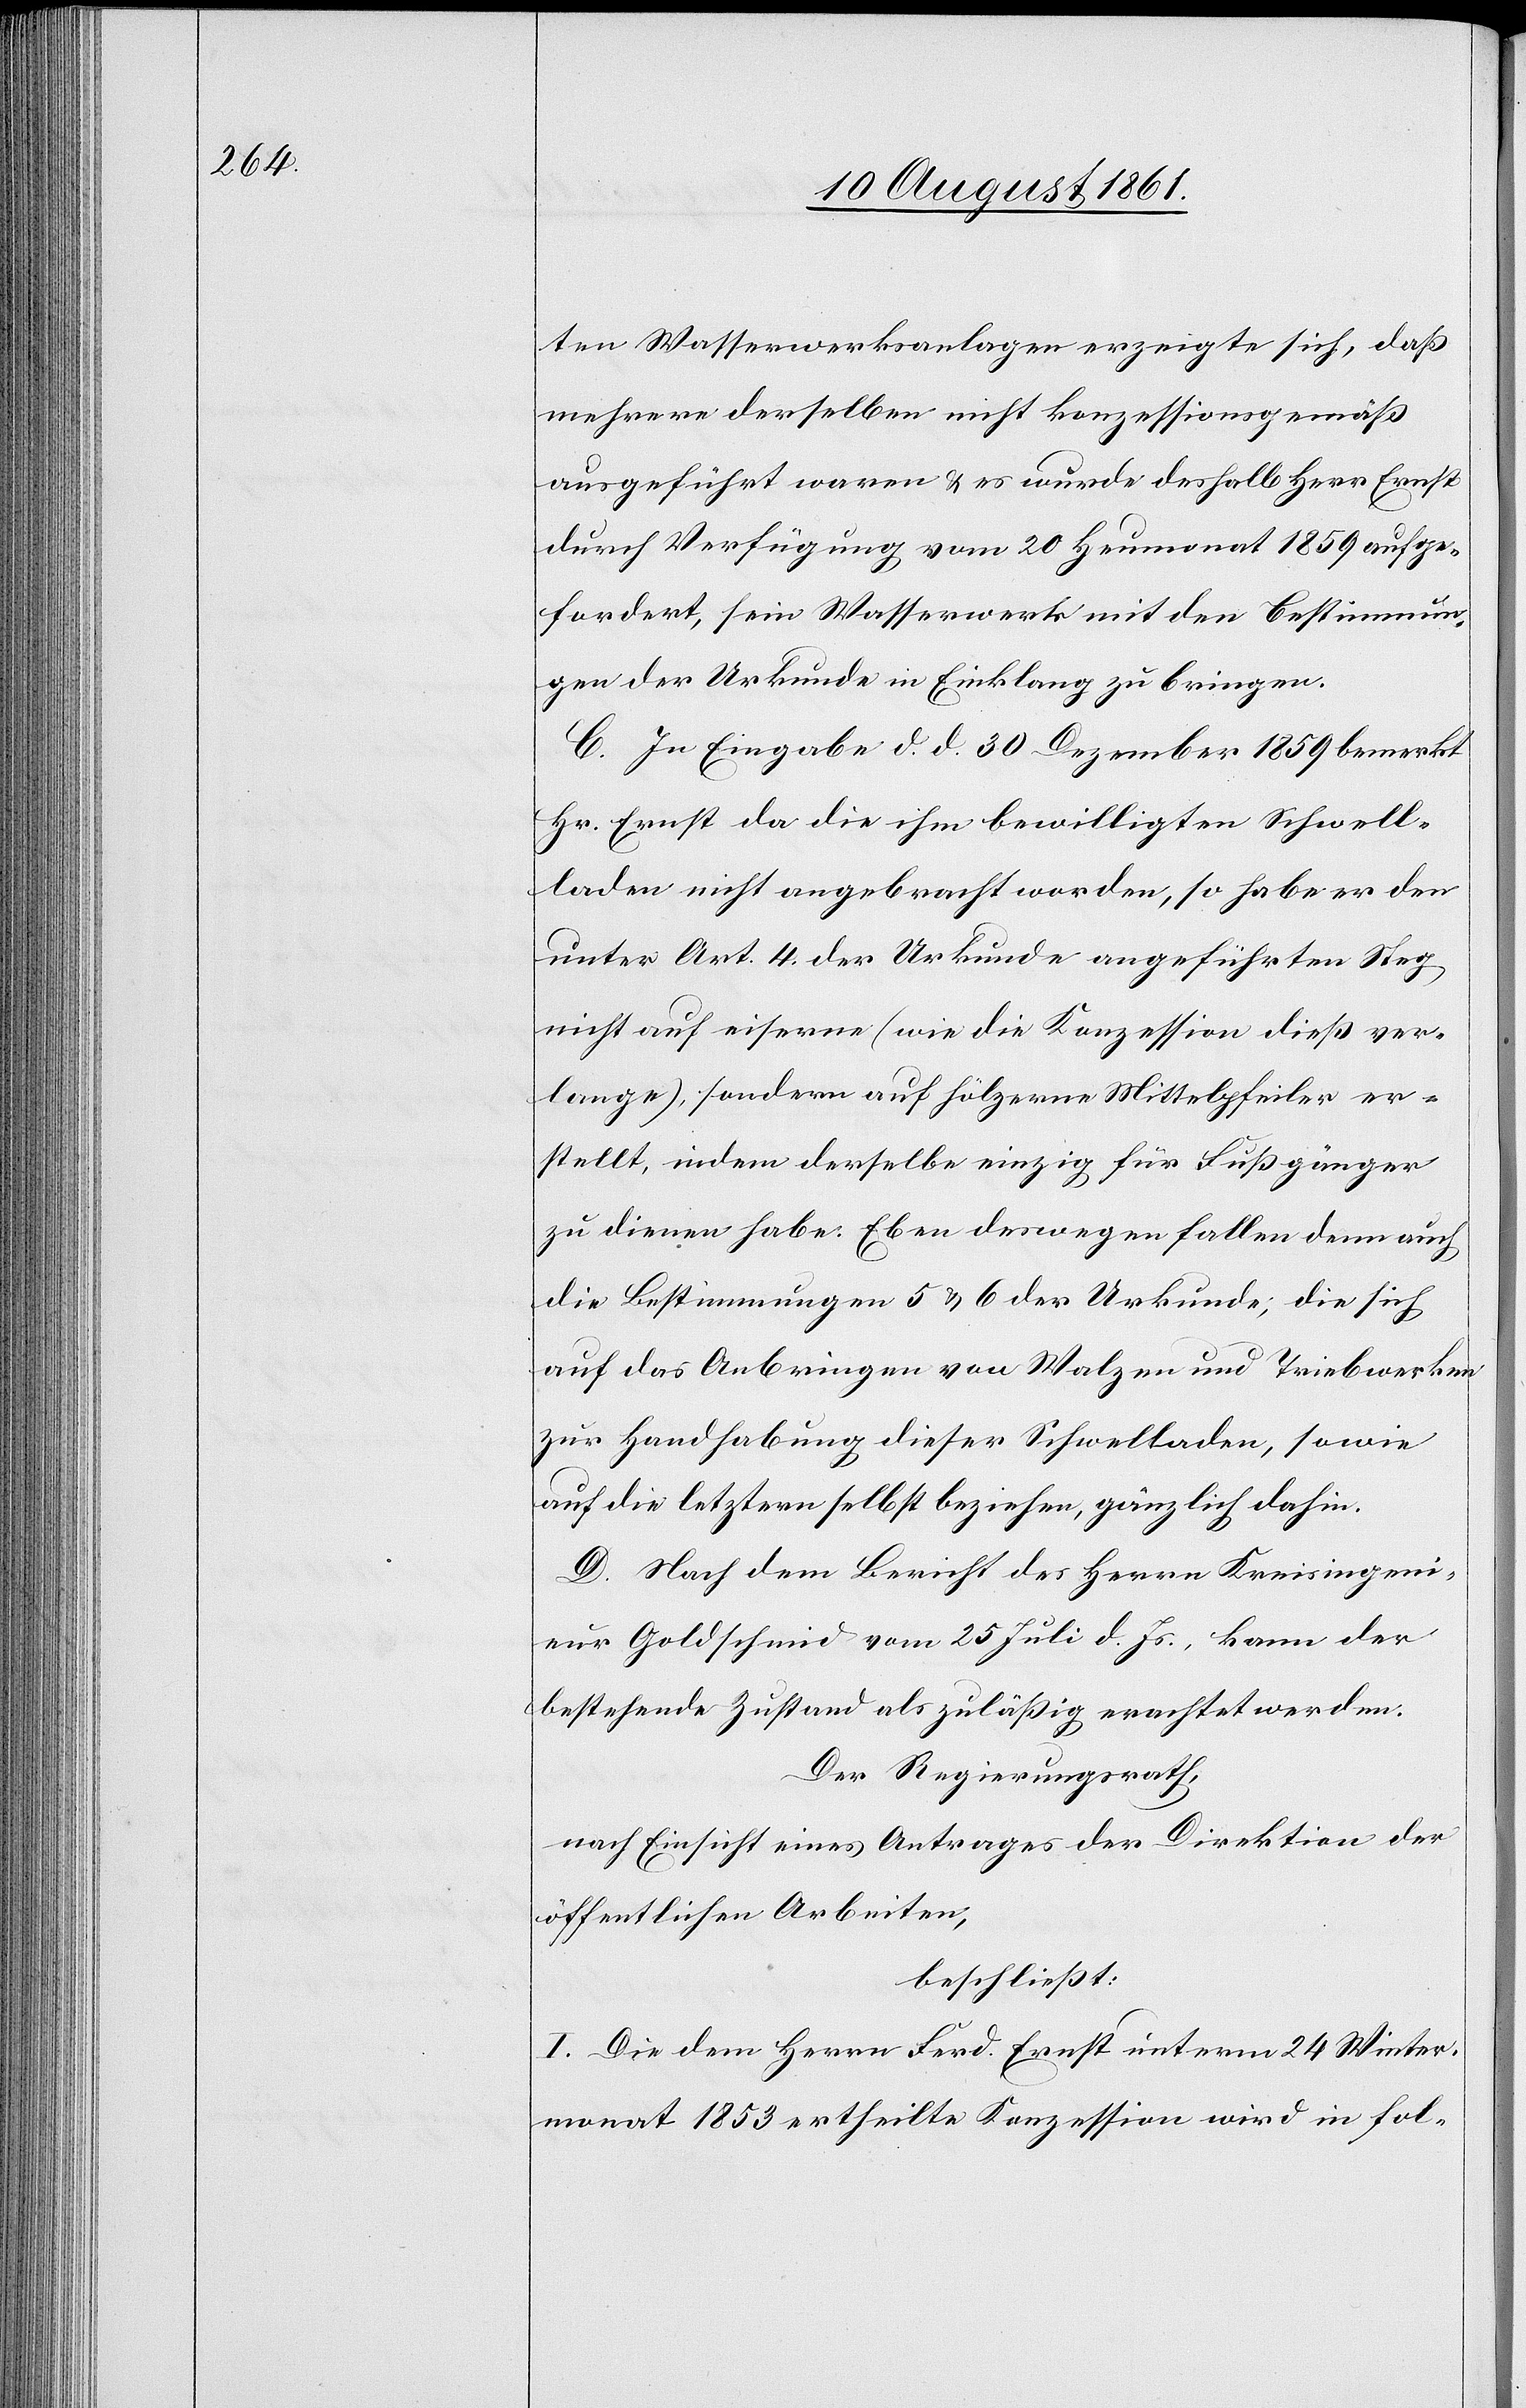
ten Wasserwerksanlage erzeigte sich, daß
mehrere derselben nicht konzessionsgemäß
ausgeführt worden waren u. es wurde deshalb Herr Ernst
durch Verfügung vom 20 Heumonat 1859 aufge¬
fordert, sein Wasserwerk mit den Bestimmun¬
gen der Urkunde in Einklang zu bringen.
C. In Eingabe d. d. 30 Dezember 1859 bemerkt
Hr. Ernst da die ihm bewilligten Schwell¬
laden nicht angebracht worden, so habe er den
unter Art. 4 der Urkunde angeführten Steg
nicht auf eiserne (wie die Konzession dieß ver¬
lange), sondern auf hölzerne Mittelpfeiler er¬
stellt, indem dasselbe einzig für Fußgänger
zu dienen habe. Eben deswegen fallen denn auch
die Bestimmungen 5 u. 6 der Urkunde; die sich
auf das Anbringen von Walzen und Triebwerken
zur Handhabung dieser Schwelladen, sowie
auf die letztern selbst beziehen, gänzlich dahin.
D. Nach dem Bericht des Herrn Kreisingeni¬
eur Goldschmid vom 25 Juli d. Js., kann der
bestehende Zustand als zuläßig erachtet werden.
Der Regierungsrath,
nach Einsicht eines Antrages der Direktion der
öffentlichen Arbeiten,
beschließt:
I. Die dem Herrn Ferd. Ernst unterm 24 Winter¬
monat 1853 ertheilte Konzession wird in fol-